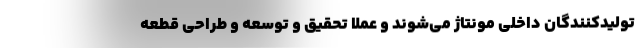
تولیدکنندگان داخلی مونتاژ می‌شوند و عملاً تحقیق و توسعه و طراحی قطعه